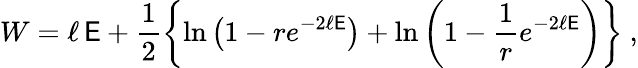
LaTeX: W=\ell\, \mathsf{E}+\frac{{1}}{{2}}\left\{ \ln\left(1-re^{-2\ell\mathsf{E}}\right)+\ln\left(1-\frac{{1}}{{r}}e^{-2\ell\mathsf{E}}\right)\right\} \ ,